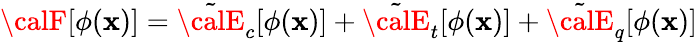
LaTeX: {\calF}[\phi(\mathbf{x})]=\tilde{{\calE}}_{c}[\phi(\mathbf{x})]+\tilde{{\calE}}_{t}[\phi(\mathbf{x})]+\tilde{{\calE}}_{q}[\phi(\mathbf{x})]